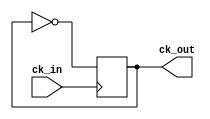
`timescale 1ns / 1ps

module fdiv2(
input ck_in,
output reg ck_out=0);

always@(posedge ck_in) ck_out=!ck_out;

endmodule